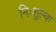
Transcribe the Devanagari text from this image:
निःशुल्‍क